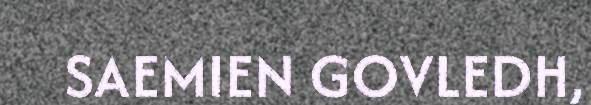
SAEMIEN GOVLEDH,